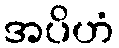
အပိဟံ